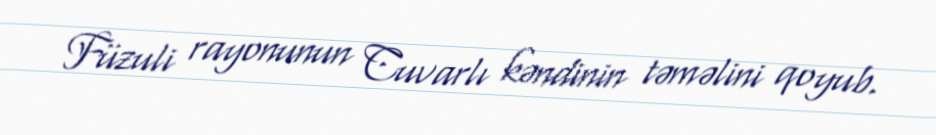
Füzuli rayonunun Cuvarlı kəndinin təməlini qoyub.